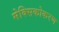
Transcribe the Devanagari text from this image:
मेक्सिकोकरण